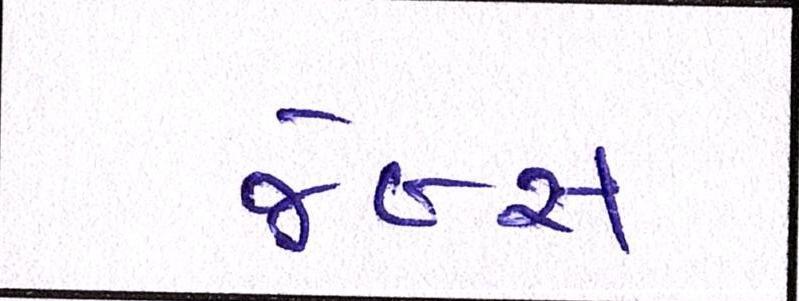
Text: જેબ્સ